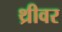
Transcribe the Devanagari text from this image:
थ्रीवर